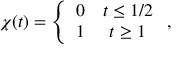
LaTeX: \chi ( t ) = \left\{ \begin{array} { c c } { { 0 } } & { { t \leq 1 / 2 } } \\ { { 1 } } & { { t \geq 1 } } \end{array} \right. ,